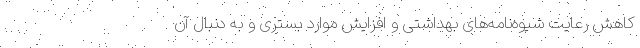
کاهش رعایت شیوه‌نامه‌های بهداشتی و افزایش موارد بستری و به دنبال آن